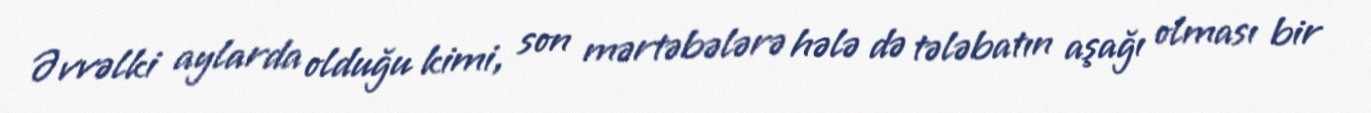
Əvvəlki aylarda olduğu kimi, son mərtəbələrə hələ də tələbatın aşağı olması bir